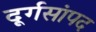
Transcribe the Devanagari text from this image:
दूर्गसांपद